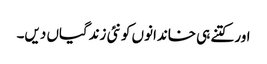
اور کتنے ہی خاندانوں کو نئی زندگیاں دیں۔